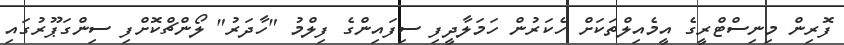
ފޮރިން މިނިސްޓްރީގެ އީމެއިލްތަކަށް ހެކަރުން ހަމަލާދީފި ސިފައިންގެ ފިލްމު "ހާދަރު" ލޯންޗްކޮށްފި ސިންގަޕޫރުގައި